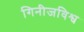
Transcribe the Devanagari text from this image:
गिनीजविश्व